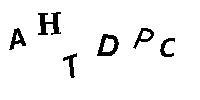
AHTDPC